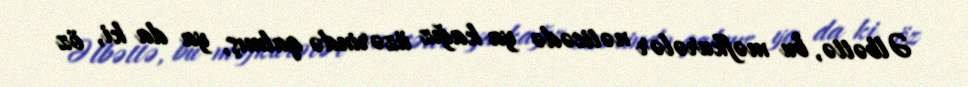
Əlbəttə, bu məfkurələr nəticədə ya kağız üzərində qalmış, ya da ki, öz